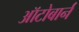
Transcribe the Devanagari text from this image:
ऑटोबार्न